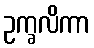
ဥက္ခလိကာ